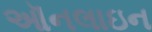
ઑનલાઇન